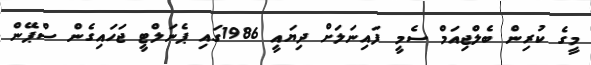
މީގެ ކުރިން ބެލްޖިއަމް ސެމީ ފައިނަލަށް ދިޔައީ 1986ގައި ޕެނަލްޓީ ޖަހައިގެން ސްޕޭން